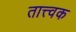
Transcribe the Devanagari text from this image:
तात्त्वक